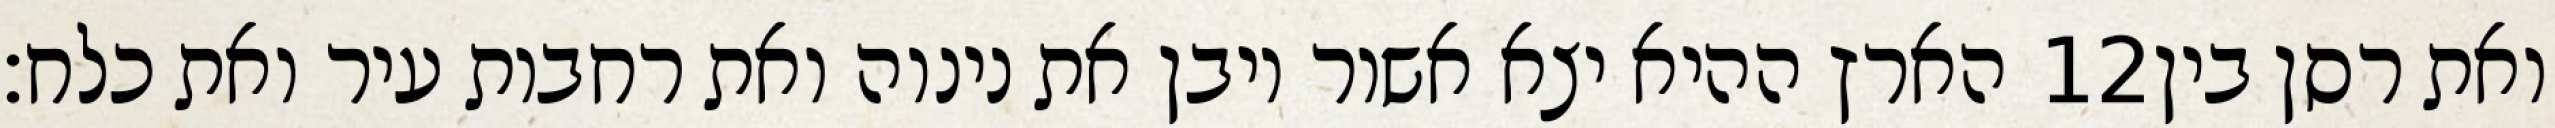
הארץ ההיא יצא אשור ויבן את נינוה ואת רחבות עיר ואת כלח׃ ‎12‏ ואת רסן בין